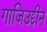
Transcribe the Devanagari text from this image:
गाजिउद्दीन